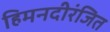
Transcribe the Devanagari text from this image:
हिमनदीरंजित